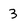
Character: 3